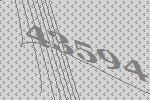
43594